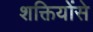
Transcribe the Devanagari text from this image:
शक्तियोंसे